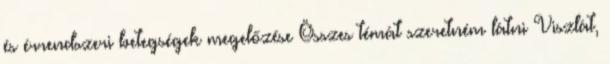
és érrendszeri betegségek megelőzése Összes témát szeretném látni Viszlát,